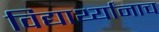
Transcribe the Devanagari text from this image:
विद्यार्थ्यांनाच